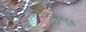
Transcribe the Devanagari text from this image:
टेपरिकार्ड